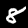
Label: 8